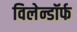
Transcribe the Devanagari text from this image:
विलेन्डॉर्फ